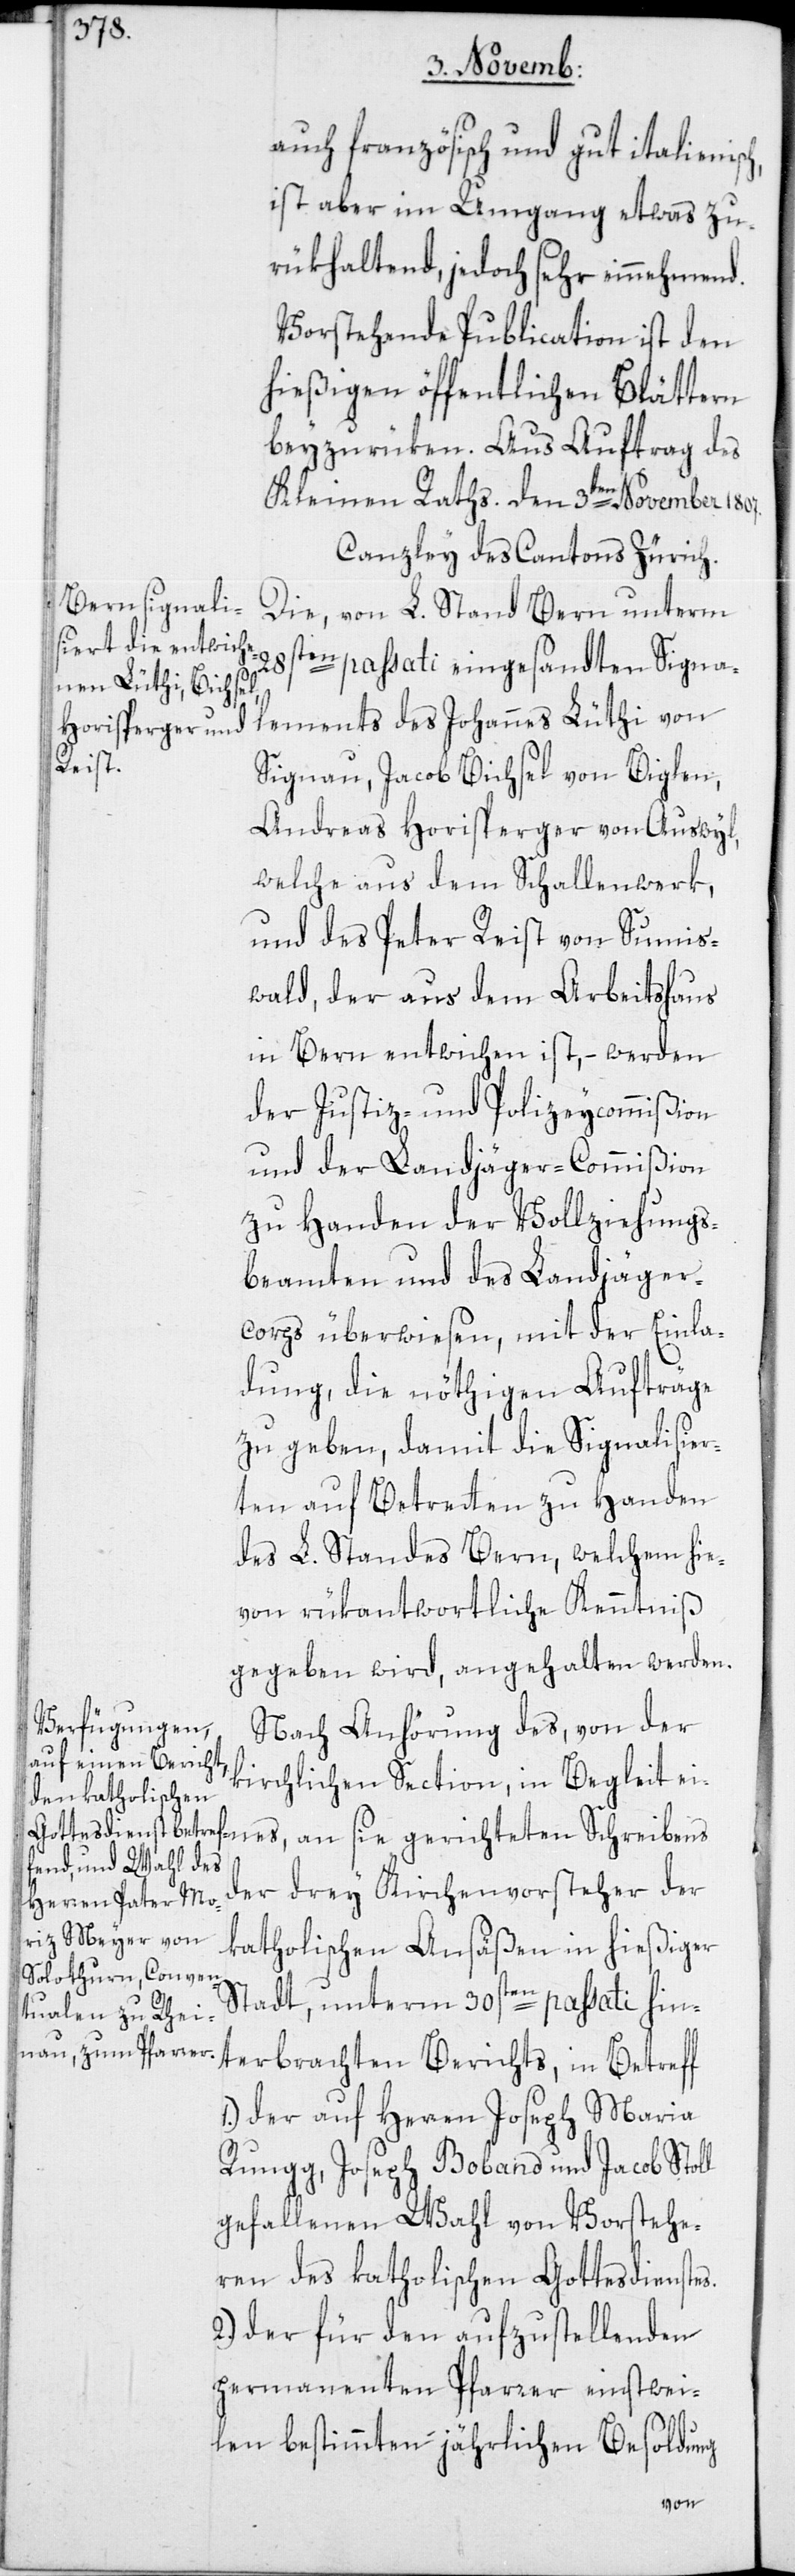
auch französisch und gut italienisch,
ist aber im Umgang etwas zu¬
rükhaltend, jedoch sehr einnehmend.
Vorstehende Publication ist den
hießigen öffentlichen Blättern
beyzurüken. Aus Auftrag des
Kleinen Raths. Den 3ten November
Canzley des Cantons Zürich.
Die, von L. Stand Bern unterm
28sten passati eingesandten Signa¬
lements des Johannes Lüthi von
es,
Signau, Jacob Bichsel von Biglen,
Andreas Horisperger von Auswyl,
welche aus dem Schallenwerk,
und des Peter Reist von Sumis¬
wald, der aus dem Arbeitshaus
in Bern entwichen ist, – werden
der Justiz- und Polizeycommißion
und der Landjäger-Commißion
zu Handen der Vollziehungs¬
beamten und des Landjäger¬
corps überwiesen, mit der Einla¬
dung, die nöthigen Aufträge
zu geben, damit die Signalisier¬
ten auf Betretten zu Handen
des L. Standes Bern, welchem hie¬
von rükantwortliche Kenntniß
gegeben wird, angehalten werden.
Nach Anhörung des, von der
kirchlichen Section, in Begleit ein¬
der drey Kirchenvorsteher der
katholischen Ansäßen in hießiger
Stadt, unterm 30sten passati
1.) der auf Herren Joseph Maria
Rungg, Joseph Boband und Jacob Stoll
gefallenen Wahl von Vorstehe¬
ren des katholischen Gottesdienstes.
2.) der für den aufzustellenden
permanenten Pfarrer einstwei¬
len bestimmten jährlichen Besoldung